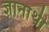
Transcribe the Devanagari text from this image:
ज्ञानार्थी